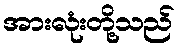
အားလုံးတို့သည်